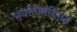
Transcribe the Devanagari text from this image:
भवानीमंदिरात